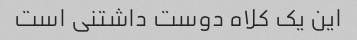
این یک کلاه دوست داشتنی است